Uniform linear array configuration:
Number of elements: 4
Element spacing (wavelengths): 1
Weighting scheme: exponential
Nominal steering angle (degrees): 45
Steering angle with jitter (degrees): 44.403
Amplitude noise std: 0.05
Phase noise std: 0.05

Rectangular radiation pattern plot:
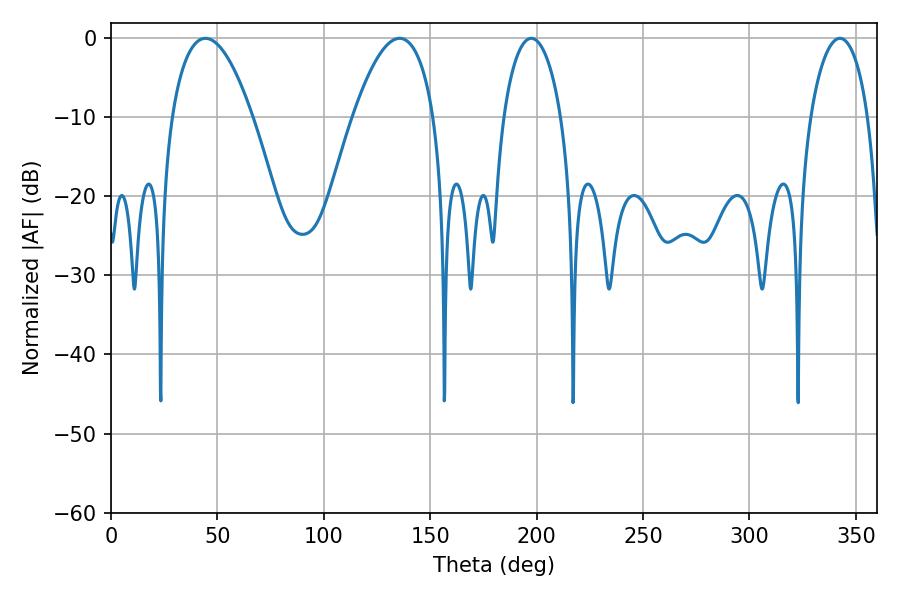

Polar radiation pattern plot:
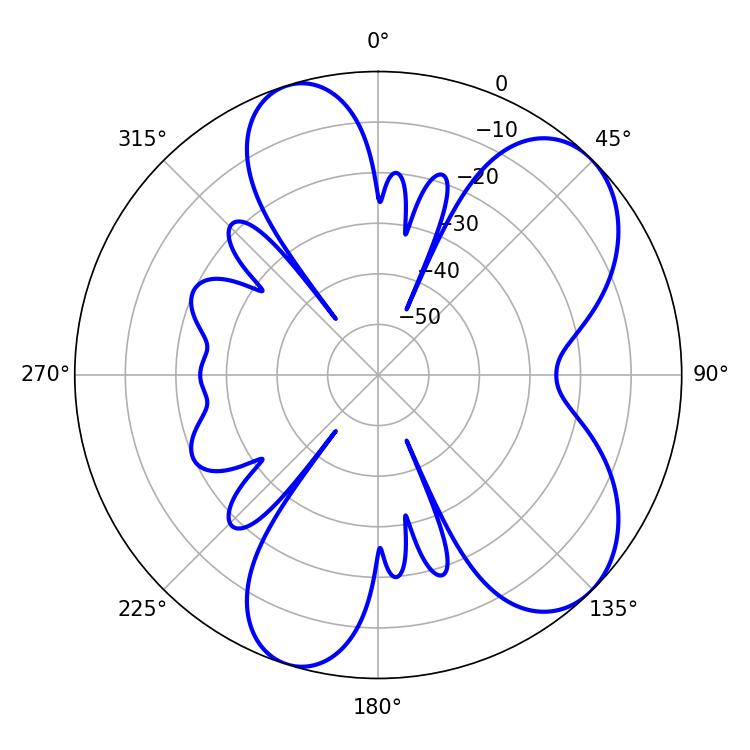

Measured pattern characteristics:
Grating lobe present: TRUE
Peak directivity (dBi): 7.171
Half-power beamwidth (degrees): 15.48
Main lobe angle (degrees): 197.46